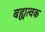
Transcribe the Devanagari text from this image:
बह्यत्वक